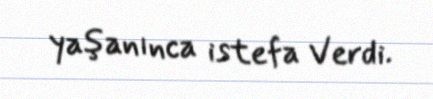
yaşanınca istefa Verdi.